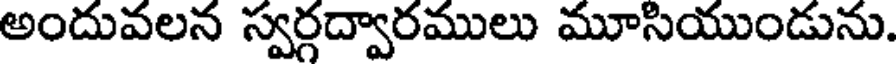
అందువలన స్వర్గద్వారములు మూసియుండును.